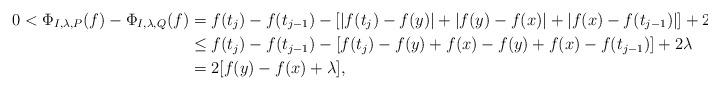
LaTeX: \begin{align*}0<\Phi_{I,\lambda,P}(f)-\Phi_{I,\lambda,Q}(f) & =f(t_{j})-f(t_{j-1})-\left[|f(t_{j})-f(y)|+|f(y)-f(x)|+|f(x)-f(t_{j-1})|\right]+2\lambda\\ & \le f(t_{j})-f(t_{j-1})-\left[f(t_{j})-f(y)+f(x)-f(y)+f(x)-f(t_{j-1})\right]+2\lambda\\ & =2[f(y)-f(x)+\lambda],\end{align*}